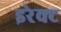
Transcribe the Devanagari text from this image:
इरेक्ट